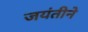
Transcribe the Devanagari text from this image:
जयंतीने